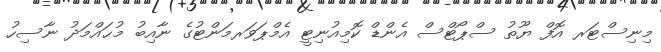
މިނިސްޓަރ އޮފް ޔޫތު ސްޕޯޓްސް އެންޑް ކޮމިއުނިޓީ އެމްޕަވަރމަންޓުގެ ނާއިބު މުޙައްމަދު ނާސިހު